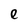
Character: e